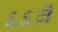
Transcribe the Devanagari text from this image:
६६वें